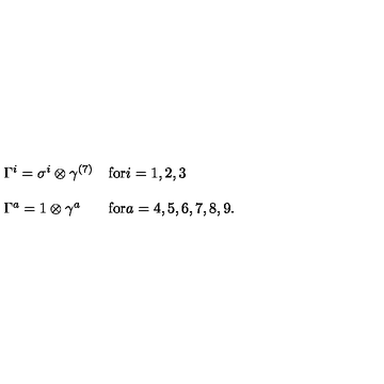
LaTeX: \begin{array} { l l } { \Gamma ^ { i } = \sigma ^ { i } \otimes \gamma ^ { ( 7 ) } } & { \mathrm { f o r } i = 1 , 2 , 3 } \\ { { } } & { { } } \\ { \Gamma ^ { a } = 1 \otimes \gamma ^ { a } } & { \mathrm { f o r } a = 4 , 5 , 6 , 7 , 8 , 9 . } \\ \end{array}